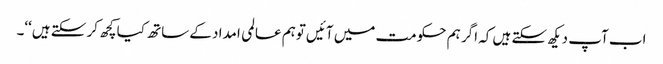
اب آپ دیکھ سکتے ہیں کہ اگر ہم حکومت میں آئیں توہم عالمی امداد کے ساتھ کیا کچھ کر سکتے ہیں‘‘۔